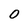
Character: 0